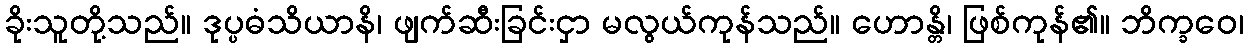
ခိုးသူတို့သည်။ ဒုပ္ပဓံသိယာနိ၊ ဖျက်ဆီးခြင်းငှာ မလွယ်ကုန်သည်။ ဟောန္တိ၊ ဖြစ်ကုန်၏။ ဘိက္ခဝေ၊